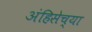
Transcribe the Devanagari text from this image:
अंहिसेच्या